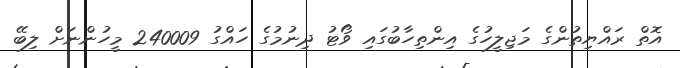
އޮތް ރައްޔިތުންގެ މަޖިލީހުގެ އިންތިހާބުގައި ވޯޓު ދިނުމުގެ ހައްގު 240009 މީހުންނަށް ލިބޭ